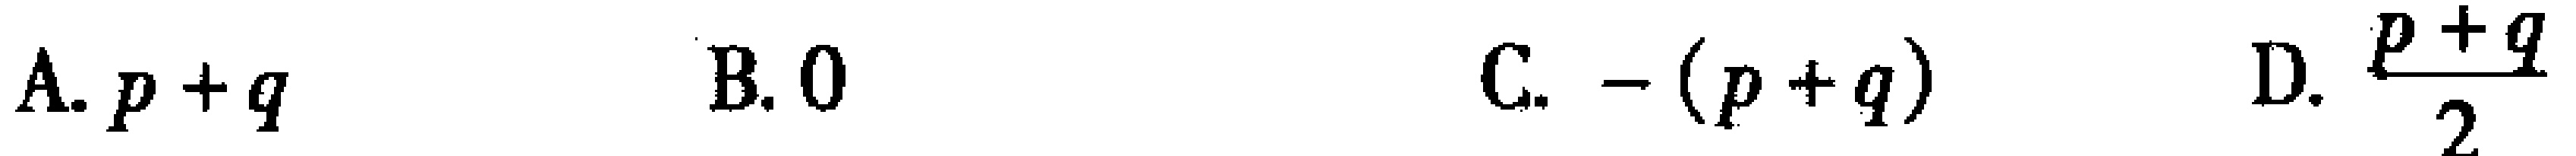
A. \(p + q\)  B. \(0\)  C. \(-(p + q)\)  D. \(\frac{p + q}{2}\)